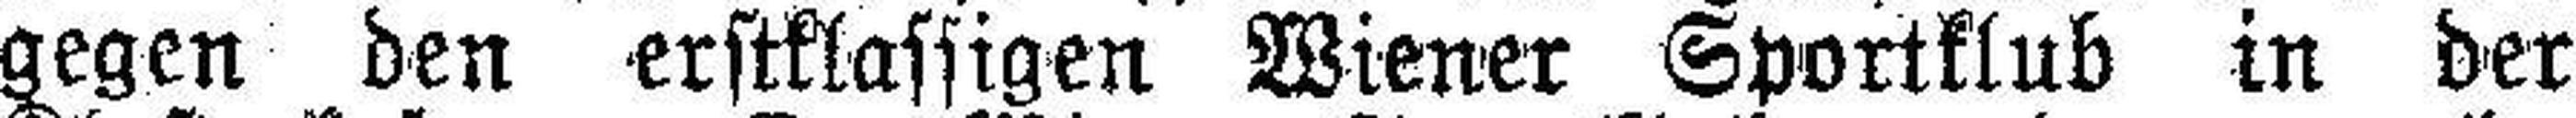
gegen den erstklassigen Wiener Sportklub in der